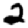
Digit: 2